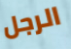
الرجل